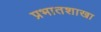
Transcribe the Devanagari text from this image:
प्रभातशाखा